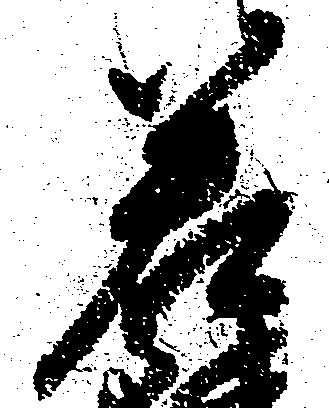
若